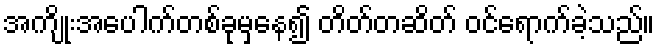
အကျိုးအပေါက်တစ်ခုမှနေ၍ တိတ်တဆိတ် ဝင်ရောက်ခဲ့သည်။